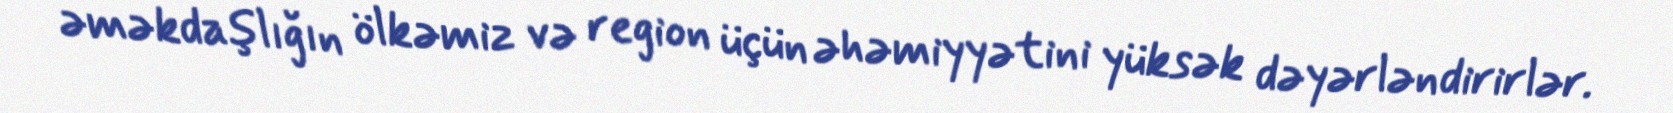
əməkdaşlığın ölkəmiz və region üçün əhəmiyyətini yüksək dəyərləndirirlər.